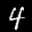
Label: 4